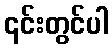
၎င်းတွင်ပါ